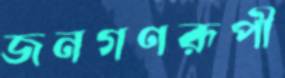
জনগণরূপী